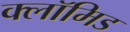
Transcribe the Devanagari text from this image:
क्लॉमिड